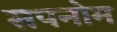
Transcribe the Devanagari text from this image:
सपनोम